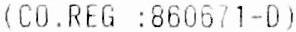
(CO.REG :860671-D)